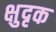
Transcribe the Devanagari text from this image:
क्षुदृक